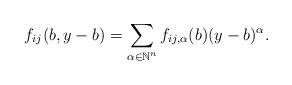
LaTeX: \begin{gather*}f_{ij}(b,y-b)=\sum_{\alpha\in\mathbb{N}^{n}}f_{ij,\alpha}(b)(y-b)^{\alpha}.\end{gather*}